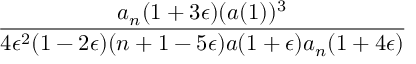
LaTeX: \frac { a _ { n } ( 1 + 3 \epsilon ) ( a ( 1 ) ) ^ { 3 } } { 4 \epsilon ^ { 2 } ( 1 - 2 \epsilon ) ( n + 1 - 5 \epsilon ) a ( 1 + \epsilon ) a _ { n } ( 1 + 4 \epsilon ) }